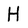
Character: H